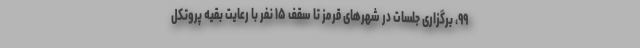
۹۹، برگزاری جلسات در شهرهای قرمز تا سقف ۱۵ نفر با رعایت بقیه پروتکل